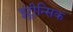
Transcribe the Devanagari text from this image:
इंट्रीन्सिक